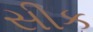
સીક